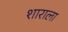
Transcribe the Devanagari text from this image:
शाराला